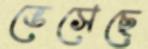
ভেসেছে